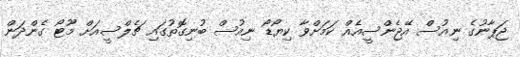
ޖަޕާނުގެ ނިއުސް އޭޖެންސީއެއް ކަމަށްވާ ކިޔޯޑޯ ނިއުސް ބުނިގޮތުގައި ޗެލްސީއަށް މޫޓޯ ގެންދަން